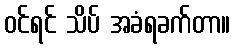
ဝင်ရင် သိပ် အခံရခက်တာ။